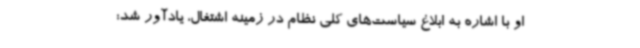
او با اشاره به ابلاغ سیاست‌های کلی نظام در زمینه اشتغال، یادآور شد: